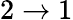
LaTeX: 2\rightarrow 1